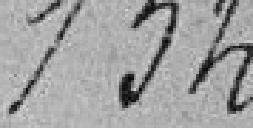
134